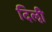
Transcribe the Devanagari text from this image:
दिऌी